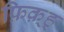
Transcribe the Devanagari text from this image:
फ़िक़्ह्